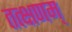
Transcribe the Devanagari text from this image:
तत्क्षणम्